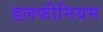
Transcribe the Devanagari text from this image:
डलफीनियम